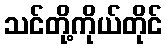
သင်တို့ကိုယ်တိုင်